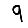
Digit: 9